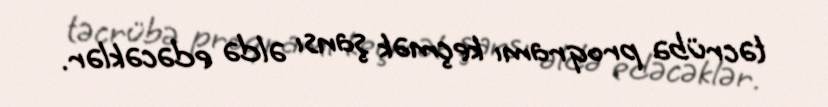
təcrübə proqramı keçmək şansı əldə edəcəklər.